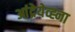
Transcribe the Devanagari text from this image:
आंद्रेयेव्ह्ना